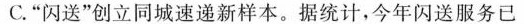
C.”闪送”创立同城速递新样本。据统计，今年闪送服务已